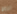
الروح